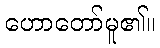
ဟောတော်မူ၏။